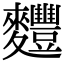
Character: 麷